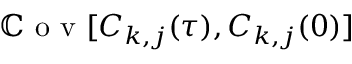
\mathbb { C } \textrm { o v } [ C _ { k , j } ( \tau ) , C _ { k , j } ( 0 ) ]